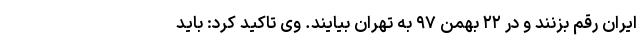
ایران رقم بزنند و در ٢٢ بهمن ٩٧ به تهران بیایند. وی تاکید کرد: باید